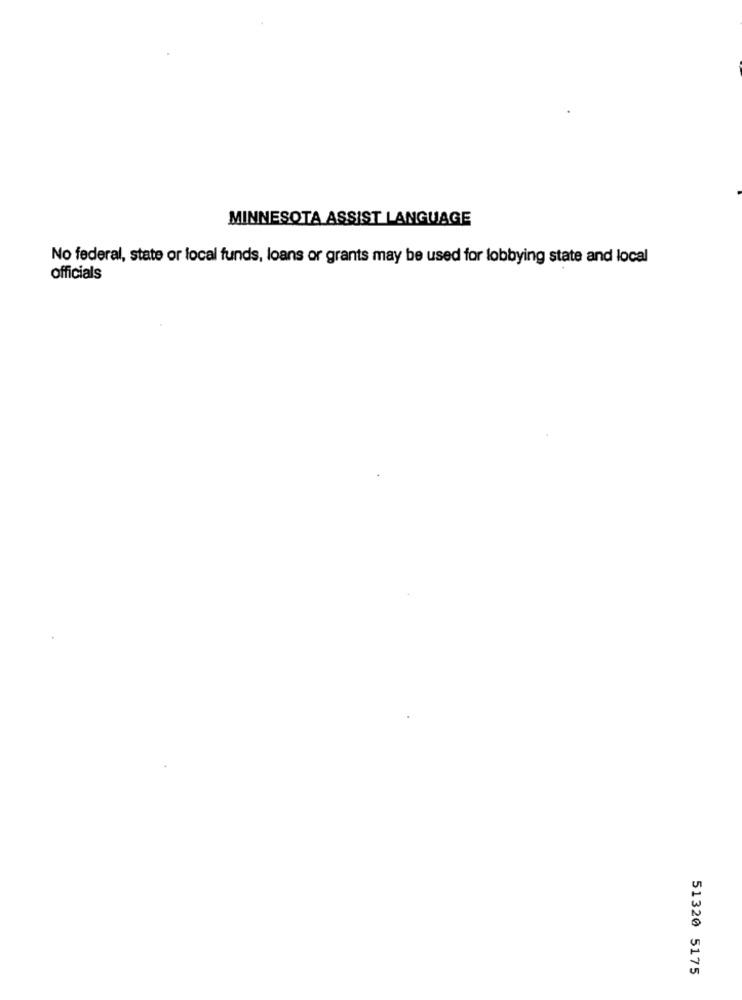
MINNESOTA ASSIST LANGUAGE
No federal, state or local funds, loans or grants may be used for lobbying state and local
officials
51320 5175